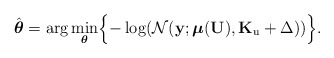
\begin{align*}\hat{\boldsymbol{\theta}} & =\arg\underset{\boldsymbol{\theta}}{\min}\Bigl\{-\log(\mathcal{N}(\mathbf{y};\mathbf{\mathbb{\boldsymbol{\mu}}}(\mathbf{U}),\mathbf{K}_{\mathrm{u}}+\Delta))\Bigr\}.\end{align*}